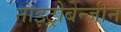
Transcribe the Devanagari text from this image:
नाइट्रोबेन्ज़ीन